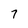
Character: 7